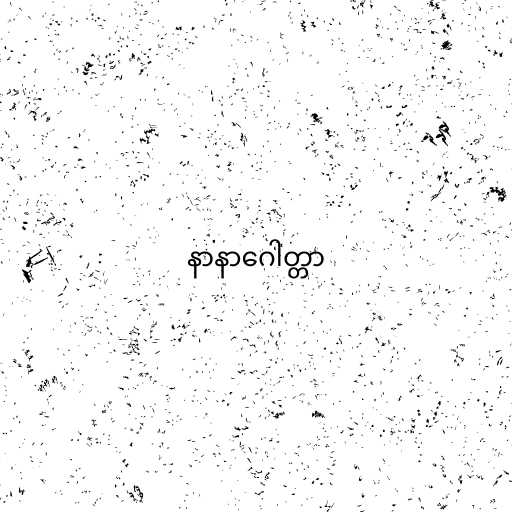
နာနာဂေါတ္တာ